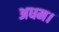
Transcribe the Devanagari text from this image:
अधम।